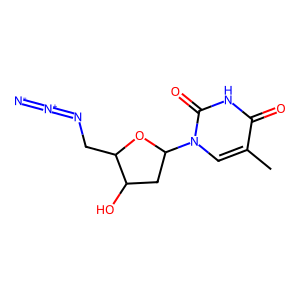
SMILES: Cc1cn(C2CC(O)C(CN=[N+]=[N-])O2)c(=O)[nH]c1=O
Inhibits HIV replication: No